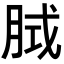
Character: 𭨵